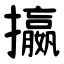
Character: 攍